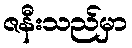
ဇနီးသည်မှာ